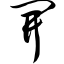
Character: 开